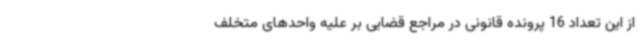
از این تعداد 16 پرونده قانونی در مراجع قضایی بر علیه واحدهای متخلف